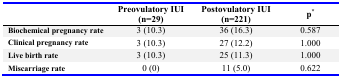
<table><thead><tr><td></td><td><b>Preovulatory IUI (n=29)</b></td><td><b>Postovulatory IUI (n=221)</b></td><td><b>p<sup>*</sup></b></td></tr></thead><tbody><tr><td><b>Biochemical pregnancy rate</b></td><td>3 (10.3)</td><td>36 (16.3)</td><td>0.587</td></tr><tr><td><b>Clinical pregnancy rate</b></td><td>3 (10.3)</td><td>27 (12.2)</td><td>1.000</td></tr><tr><td><b>Live birth rate</b></td><td>3 (10.3)</td><td>25 (11.3)</td><td>1.000</td></tr><tr><td><b>Miscarriage rate</b></td><td>0 (0)</td><td>11 (5.0)</td><td>0.622</td></tr></tbody></table>